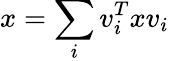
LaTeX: x=\sum_{i}v_{i}^{T}xv_{i}